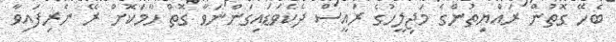
ބެހޭ ގޮތުން ރައްޔިތުންގެ މަޖިލީހުގެ ރައީސް ދެކެވަޑައިގަންނަވާ ގޮތް ހާމަކޮށް ރޭ ނެރިފައިވާ